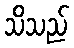
သိသည်